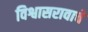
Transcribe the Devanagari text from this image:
विश्वासरावाचे